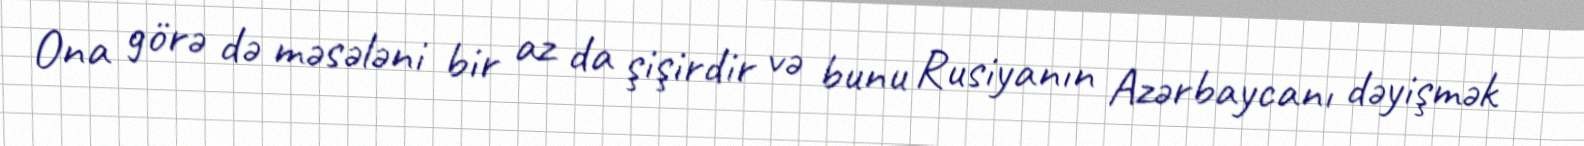
Ona görə də məsələni bir az da şişirdir və bunu Rusiyanın Azərbaycanı dəyişmək